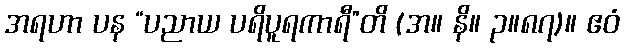
အရဟာ ပန “ပညာယ ပရိပူရကာရီ”တိ (အ။ နိ။ ၃။၈၇)။ ဧဝံ